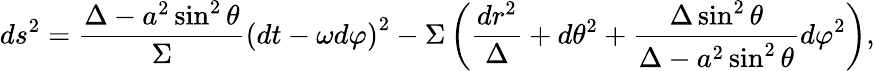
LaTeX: ds^{2}=\frac{\Delta-a^{2}\sin^{2}\theta}{\Sigma}\left(dt-\omega d\varphi\right)^{2}-\Sigma\left(\frac{dr^{2}}{\Delta}+d\theta^{2}+\frac{\Delta\sin^{2}\theta}{\Delta-a^{2}\sin^{2}\theta}d\varphi^{2}\right),